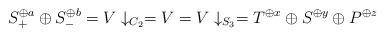
LaTeX: \begin{align*}S_+^{\oplus a} \oplus S_-^{\oplus b} = V \downarrow_{C_2} = V = V \downarrow_{S_3} = T^{\oplus x} \oplus S^{\oplus y} \oplus P^{\oplus z} \end{align*}